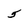
Character: 5